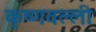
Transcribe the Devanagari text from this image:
कृष्णवल्ली